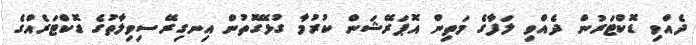
ދެއްވި ޑޮކްޓަރުން ދެއްވި ލަފާގެ މަތިން އޮޕަރޭޝަން ކުރުމާ ގުޅޭގޮތުން އިނގިރޭސިވިލާތުގެ ޑޮކްޓަރެއްގެ